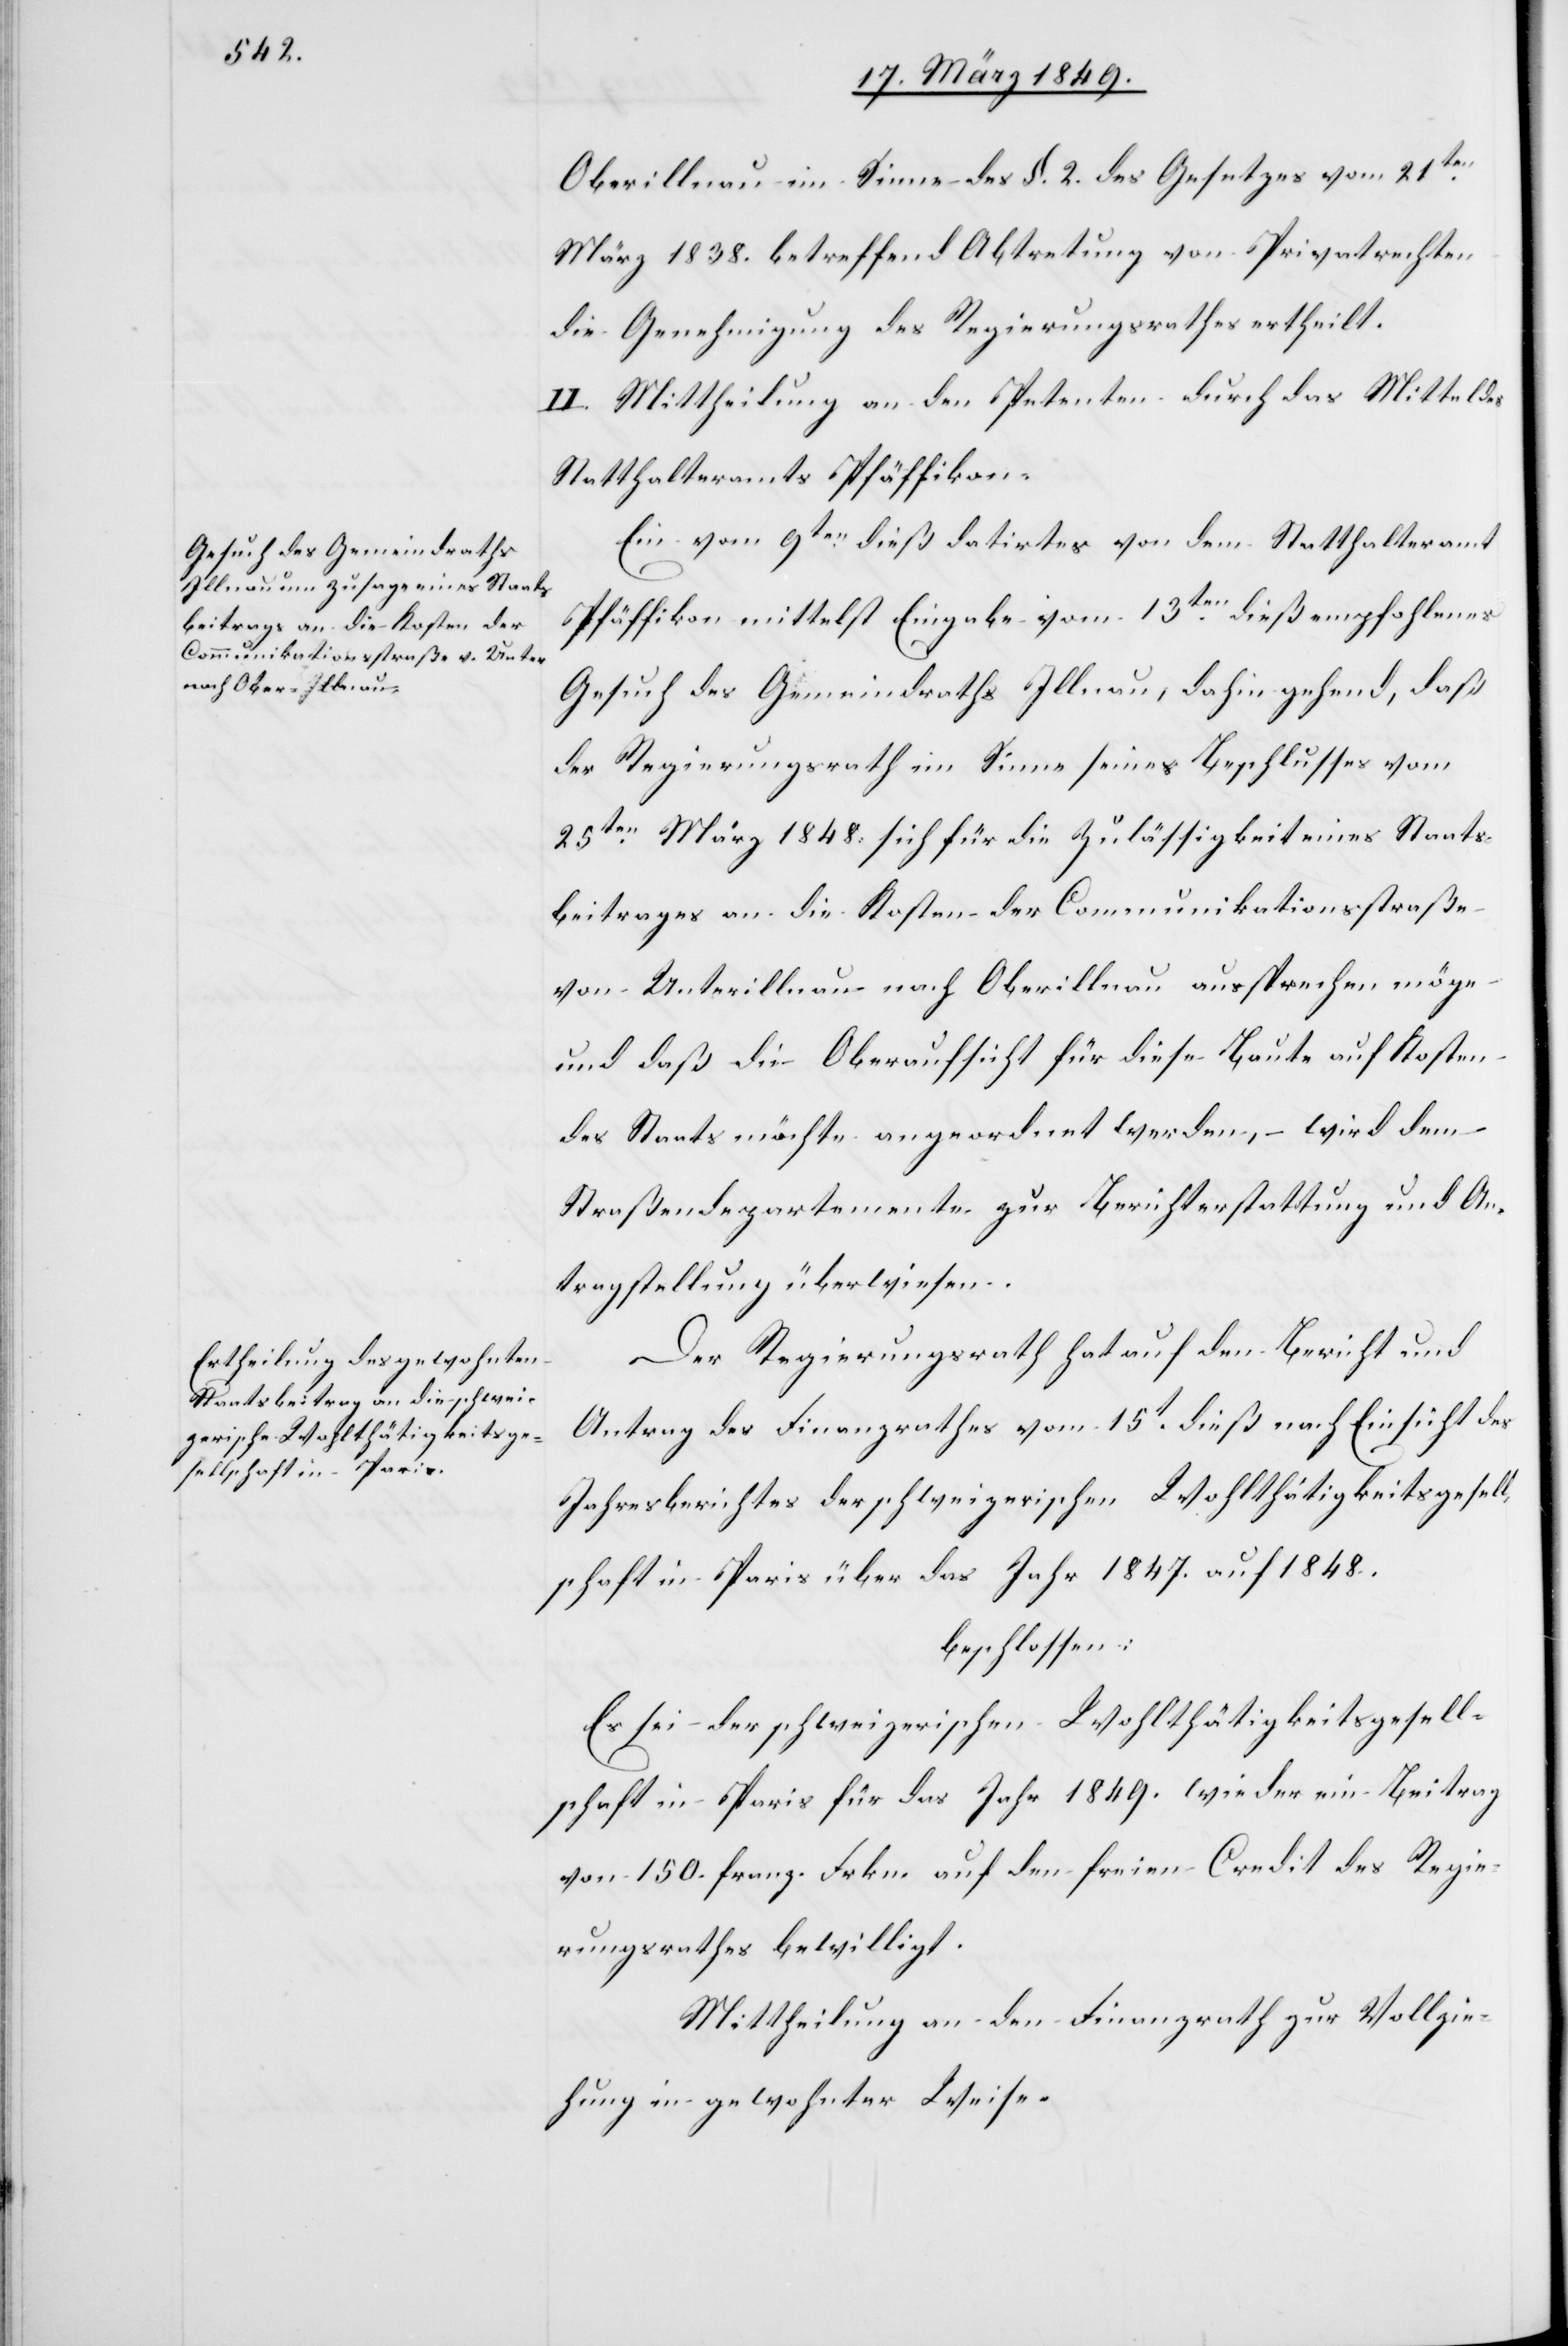
Oberillnau im Sinne des §. 2. des Gesetzes vom 21ten.
März 1838. betreffend Abtretung von Privatrechten
die Genehmigung des Regierungsrathes ertheilt.
II. Mittheilung an den Petenten durch das Mittel des
Statthalteramtes Pfäffikon.
Ein vom 9ten. dieß datirtes von dem Statthalteramt
Pfäffikon mittelst Eingabe vom 13ten. dieß empfohlenes
Gesuch des Gemeindraths Illnau, dahin gehend, daß
der Regierungsrath im Sinne seines Beschlusses vom
25ten. März 1848. sich für die Zulässigkeit eines Staats¬
beitrages an die Kosten der Communikationsstraße
von Unterillnau nach Oberillnau aussprechen möge
und daß die Oberaufsicht für diese Baute auf Kosten
des Staats möchte angeordnet werden, – wird dem
Straßendepartemente zur Berichterstattung und An¬
tragstellung überwiesen.
Der Regierungsrath hat auf den Bericht und
Antrag des Finanzrathes vom 15t. dieß nach Einsicht des
Jahresberichtes der schweizerischen Wohlthätigkeitsgesell¬
schaft in Paris über das Jahr 1847. auf 1848.
beschlossen:
Es sei der schweizerischen Wohlthätigkeitsgesell¬
schaft in Paris für das Jahr 1849. wieder ein Beitrag
von 150. franz. Frkn. auf den freien Credit des Regie¬
rungsrathes bewilligt.
Mittheilung an den Finanzrath zur Vollzie¬
hung in gewohnter Weise.